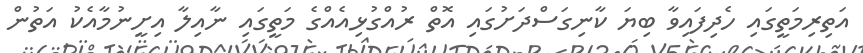
އަތިރިމަތީގައި ހެދިފައިވާ ބިޔަ ކާނިގަސްދަށުގައި އޮތް ރުއްގުޅިއެއްގެ މަތީގައި ނާއިލާ އިށީނުމާއެކު އަތުން